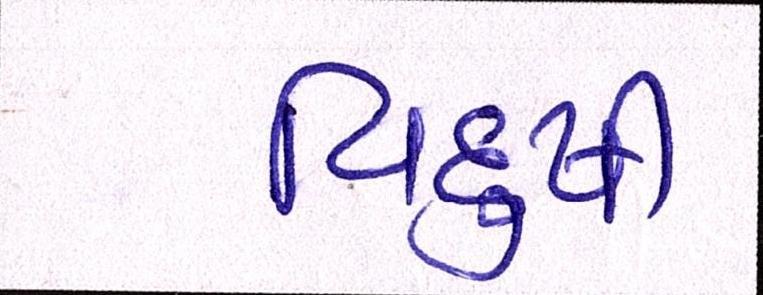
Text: વિદુષી